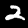
Label: 2